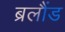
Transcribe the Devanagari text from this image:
ब्रलौंड